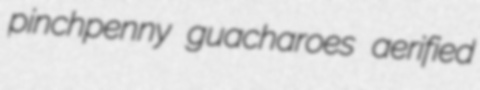
pinchpenny guacharoes aerified